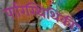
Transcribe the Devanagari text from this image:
पारिस्थिथिकी